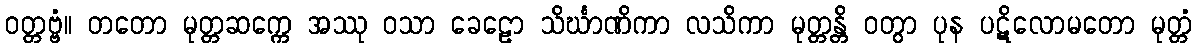
ဝတ္တဗ္ဗံ။ တတော မုတ္တဆက္ကေ အဿု ဝသာ ခေဠော သိင်္ဃာဏိကာ လသိကာ မုတ္တန္တိ ဝတွာ ပုန ပဋိလောမတော မုတ္တံ